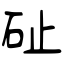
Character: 砋